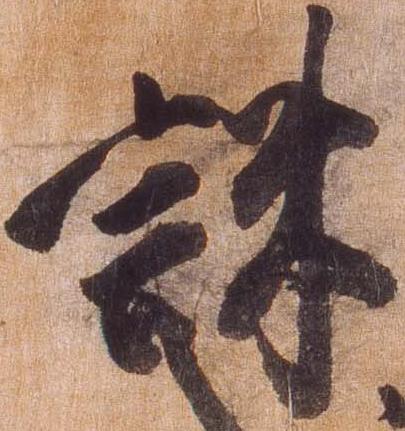
誅